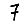
Digit: 7